Leaving Certificate Examination (including Day School Certificate (Higher) General paper), 1933
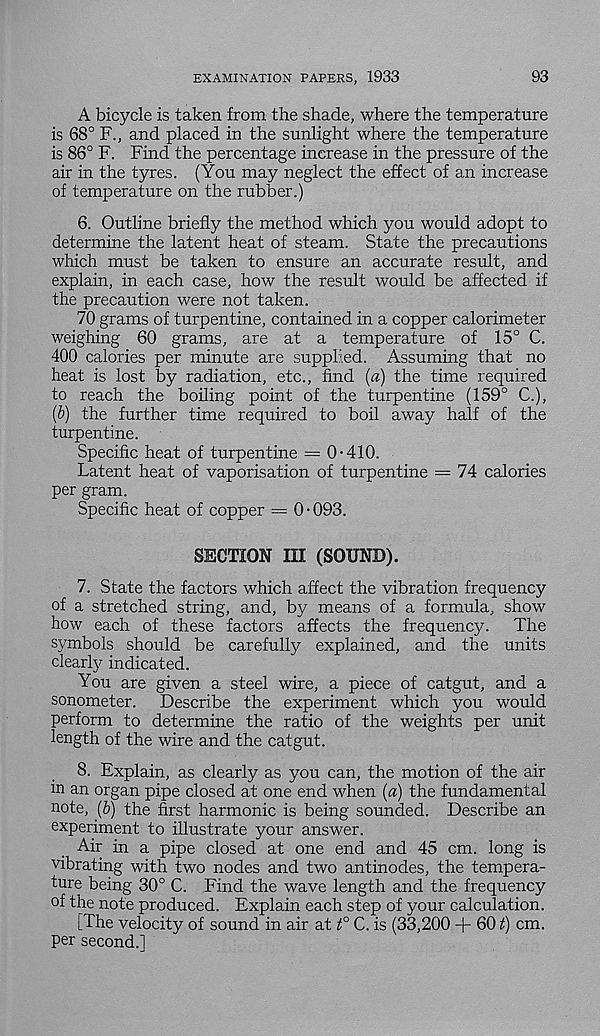
EXAMINATION PAPERS, 1933
93
A bicycle is taken from the shade, where the temperature
is 68° F., and placed in the sunlight where the temperature
is 86° F. Find the percentage increase in the pressure of the
air in the tyres. (You may neglect the effect of an increase
of temperature on the rubber.)
6. Outline briefly the method which you would adopt to
determine the latent heat of steam. State the precautions
which must be taken to ensure an accurate result, and
explain, in each case, how the result would be affected if
the precaution were not taken.
70 grams of turpentine, contained in a copper calorimeter
weighing 60 grams, are at a temperature of 15° C.
400 calories per minute are supplied. Assuming that no
heat is lost by radiation, etc., find (a) the time required
to reach the boiling point of the turpentine (159° C.),
(b) the further time required to boil away half of the
turpentine.
Specific heat of turpentine = 0-410.
Latent heat of vaporisation of turpentine = 74 calories
per gram.
Specific heat of copper = 0 • 093.
SECTION IE (SOUND).
7. State the factors which affect the vibration frequency
of a stretched string, and, by means of a formula, show
how each of these factors affects the frequency.
The
symbols should be carefully explained, and the units
clearly indicated.
You are given a steel wire, a piece of catgut, and a
sonometer. Describe the experiment which you would
perform to determine the ratio of the weights per unit
length of the wire and the catgut.
8. Explain, as clearly as you can, the motion of the air
in an organ pipe closed at one end when (a) the fundamental
note, (b) the first harmonic is being sounded. Describe an
experiment to illustrate your answer.
Air in a pipe closed at one end and 45 cm. long is
vibrating with two nodes and two antinodes, the tempera-
ture being 30° C. Find the wave length and the frequency
of the note produced. Explain each step of your calculation.
[The velocity of sound in air at t° C. is (33,200 + 60 i) cm.
per second.]